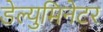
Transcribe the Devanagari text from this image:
डेल्युमिनेटर